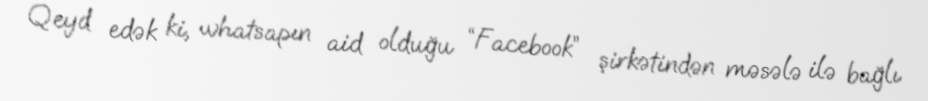
Qeyd edək ki, whatsapın aid olduğu “Facebook” şirkətindən məsələ ilə bağlı